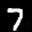
Label: 7